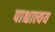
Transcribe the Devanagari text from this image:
पाश्चात्त्यय